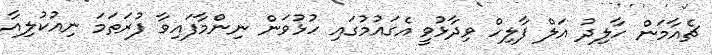
ޗެއާމަން ހާލިދު އަލް ފާލިހް ވިދާޅުވީ އެގައުމުގައި ހުޅުވަން ނިންމާފައިވާ ފުރަތަމަ ނިއުކުލިއާ